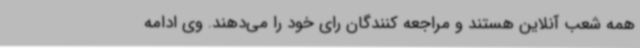
همه شعب آنلاین هستند و مراجعه کنندگان رای خود را می‌دهند. وی ادامه